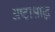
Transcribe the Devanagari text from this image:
अष्टाश्राद्ध